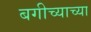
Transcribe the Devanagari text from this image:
बगीच्याच्या